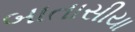
બાતાસીયા